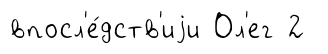
впосл'е́дств'иjи Ол'ег 2